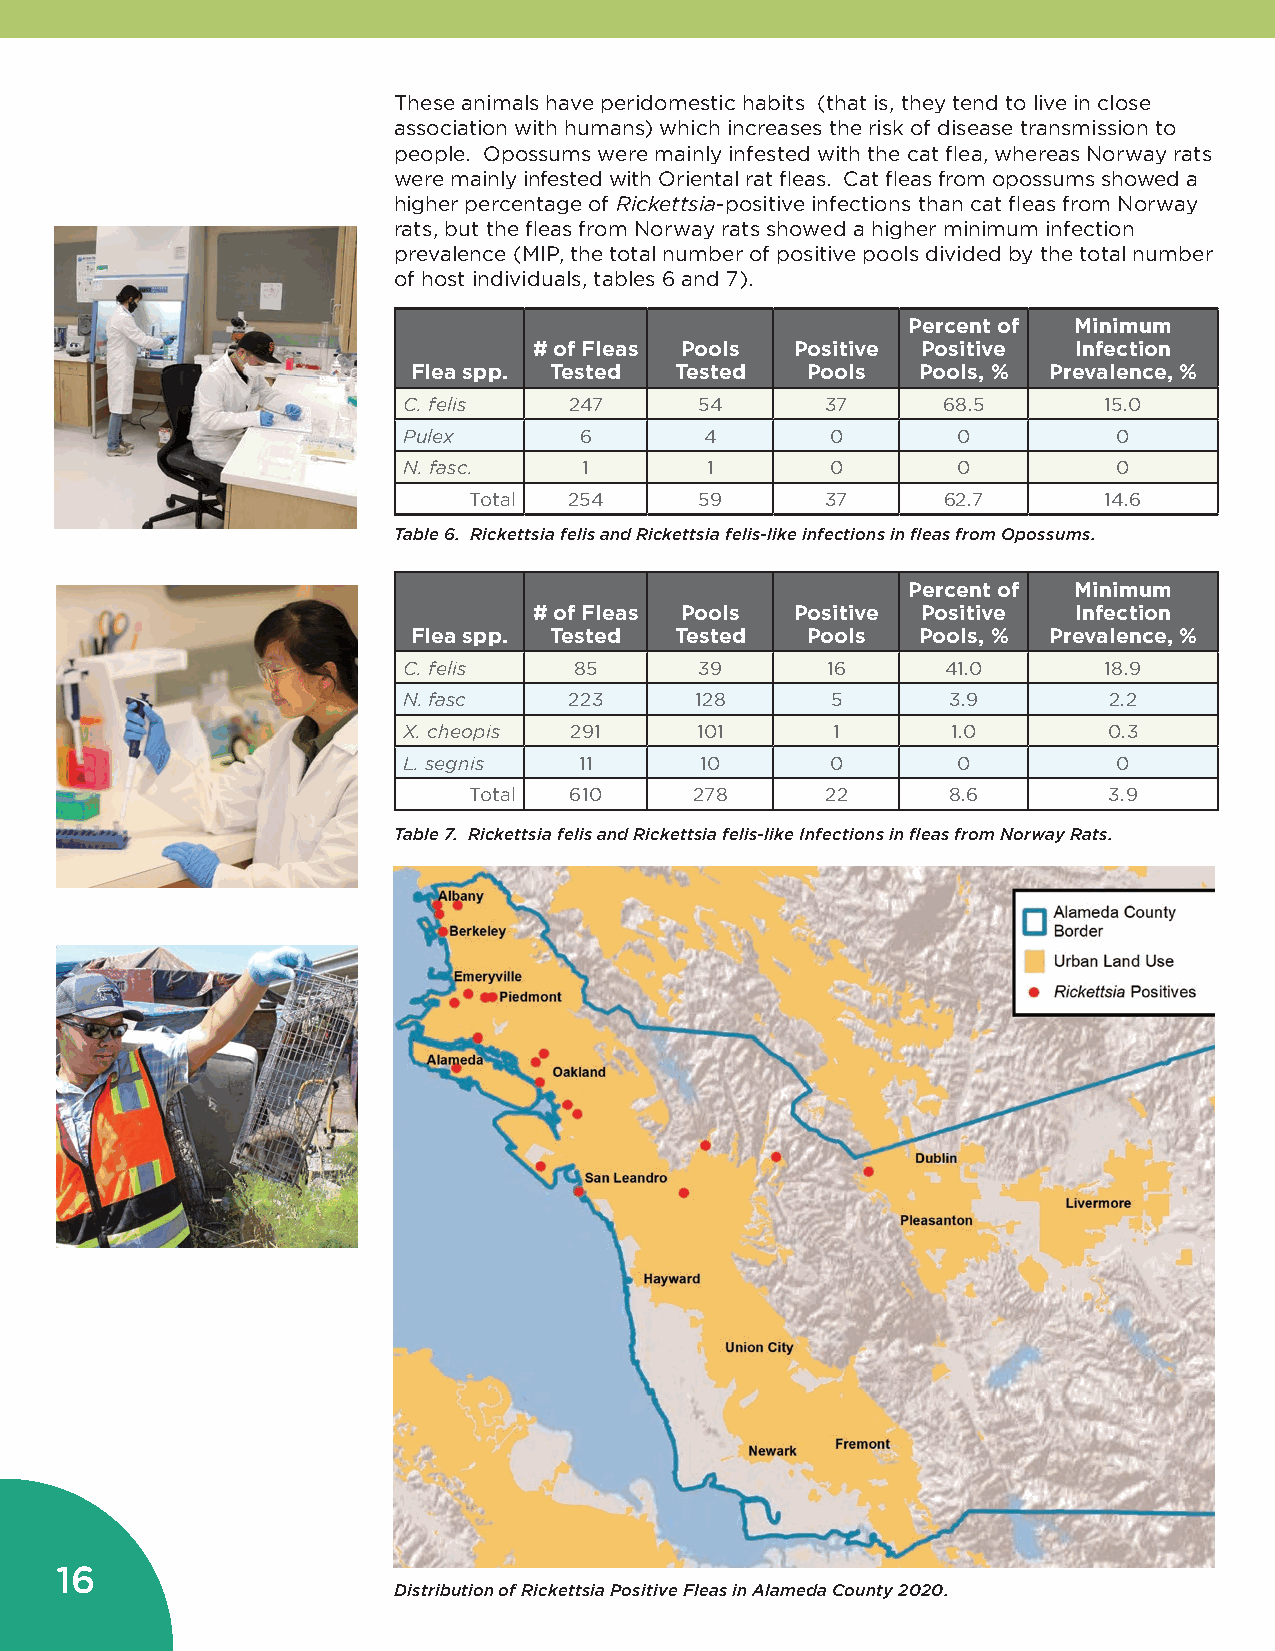
These animals have peridomestic habits (that is, they tend to live in close
 association with humans) which increases the risk of disease transmission to
 people. Opossums were mainly infested with the cat flea, whereas Norway rats
 were mainly infested with Oriental rat fleas. Cat fleas from opossums showed a
 higher percentage of Rickettsia-positive infections than cat fleas from Norway
 rats, but the fleas from Norway rats showed a higher minimum infection
 prevalence (MIP, the total number of positive pools divided by the total number
 of host individuals, tables 6 and 7).
 Percent of Minimum
 # of Fleas Pools  Positive Positive Infection
 Flea spp. Tested  Tested  Pools   Pools, % Prevalence, %
 C. felis   247     54       37     68.5       15.0
 Pulex      6        4       0       0          0
 N. fasc.    1       1       0       0          0
 Total  254     59       37     62.7       14.6
 Table 6. Rickettsia felis and Rickettsia felis-like infections in fleas from Opossums.
 Percent of Minimum
 # of Fleas Pools  Positive Positive Infection
 Flea spp. Tested  Tested  Pools   Pools, % Prevalence, %
 C. felis   85      39       16      41.0      18.9
 N. fasc    223     128      5       3.9       2.2
 X. cheopis 291     101      1       1.0       0.3
 L. segnis  11      10       0       0          0
 Total  610     278      22      8.6       3.9
 Table 7. Rickettsia felis and Rickettsia felis-like Infections in fleas from Norway Rats.
 16
 Distribution of Rickettsia Positive Fleas in Alameda County 2020.